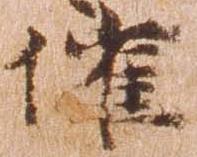
催